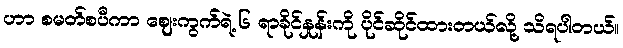
ဟာ စမတ်စပီကာ ဈေးကွက်ရဲ့ ၆ ရာခိုင်နှုန်းကို ပိုင်ဆိုင်ထားတယ်လို့ သိရပါတယ်။